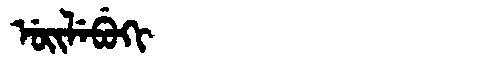
Manchu: ᡠᡳᠯᡝᠪᡠᡴᡳ
Romanization: UILEBUKI